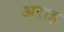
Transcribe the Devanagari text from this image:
अराइ